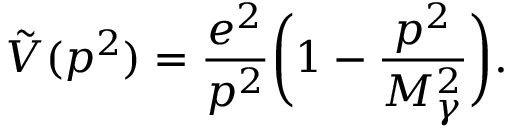
\tilde { V } ( p ^ { 2 } ) = \frac { e ^ { 2 } } { p ^ { 2 } } \biggl ( 1 - \frac { p ^ { 2 } } { M _ { \gamma } ^ { 2 } } \biggr ) .